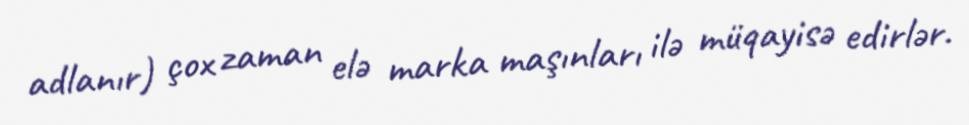
adlanır) çox zaman elə marka maşınları ilə müqayisə edirlər.